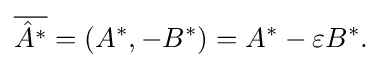
{\overline {{\hat {A}}^{*}}}=(A^{*},-B^{*})=A^{*}-\varepsilon B^{*}.\!